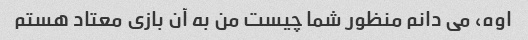
اوه، می دانم منظور شما چیست من به آن بازی معتاد هستم